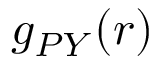
g _ { P Y } ( r )